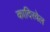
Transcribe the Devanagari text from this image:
कादिरवेल